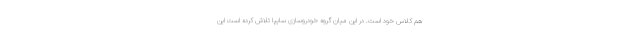
هم کلاس خود است. در این میان گروه خودروسازی سایپا تلاش کرده است این